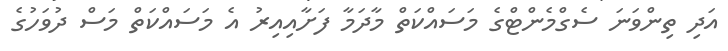
އަދި ތިންވަނަ ސެގްމެންޓްގެ މަސައްކަތް މާދަމާ ފަށާއިއިރު އެ މަސައްކަތް މަސް ދުވަހުގެ